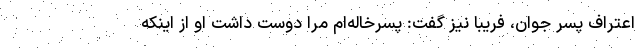
اعتراف پسر جوان، فریبا نیز گفت: پسرخاله‌ام مرا دوست داشت او از اینکه